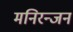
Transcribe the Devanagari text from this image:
मनिरन्जन